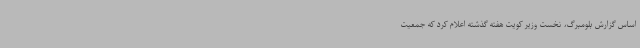
اساس گزارش بلومبرگ، نخست وزیر کویت هفته گذشته اعلام کرد که جمعیت